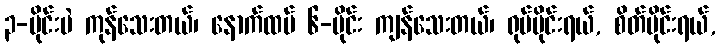
၃-ပိုင်းပဲ ကုန်သေးတယ်၊ နောက်ထပ် ၆-ပိုင်း ကျန်သေးတယ်၊ ရုပ်ပိုင်းရယ်, စိတ်ပိုင်းရယ်,